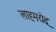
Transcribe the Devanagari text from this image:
लोहमरोड्